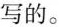
写的。